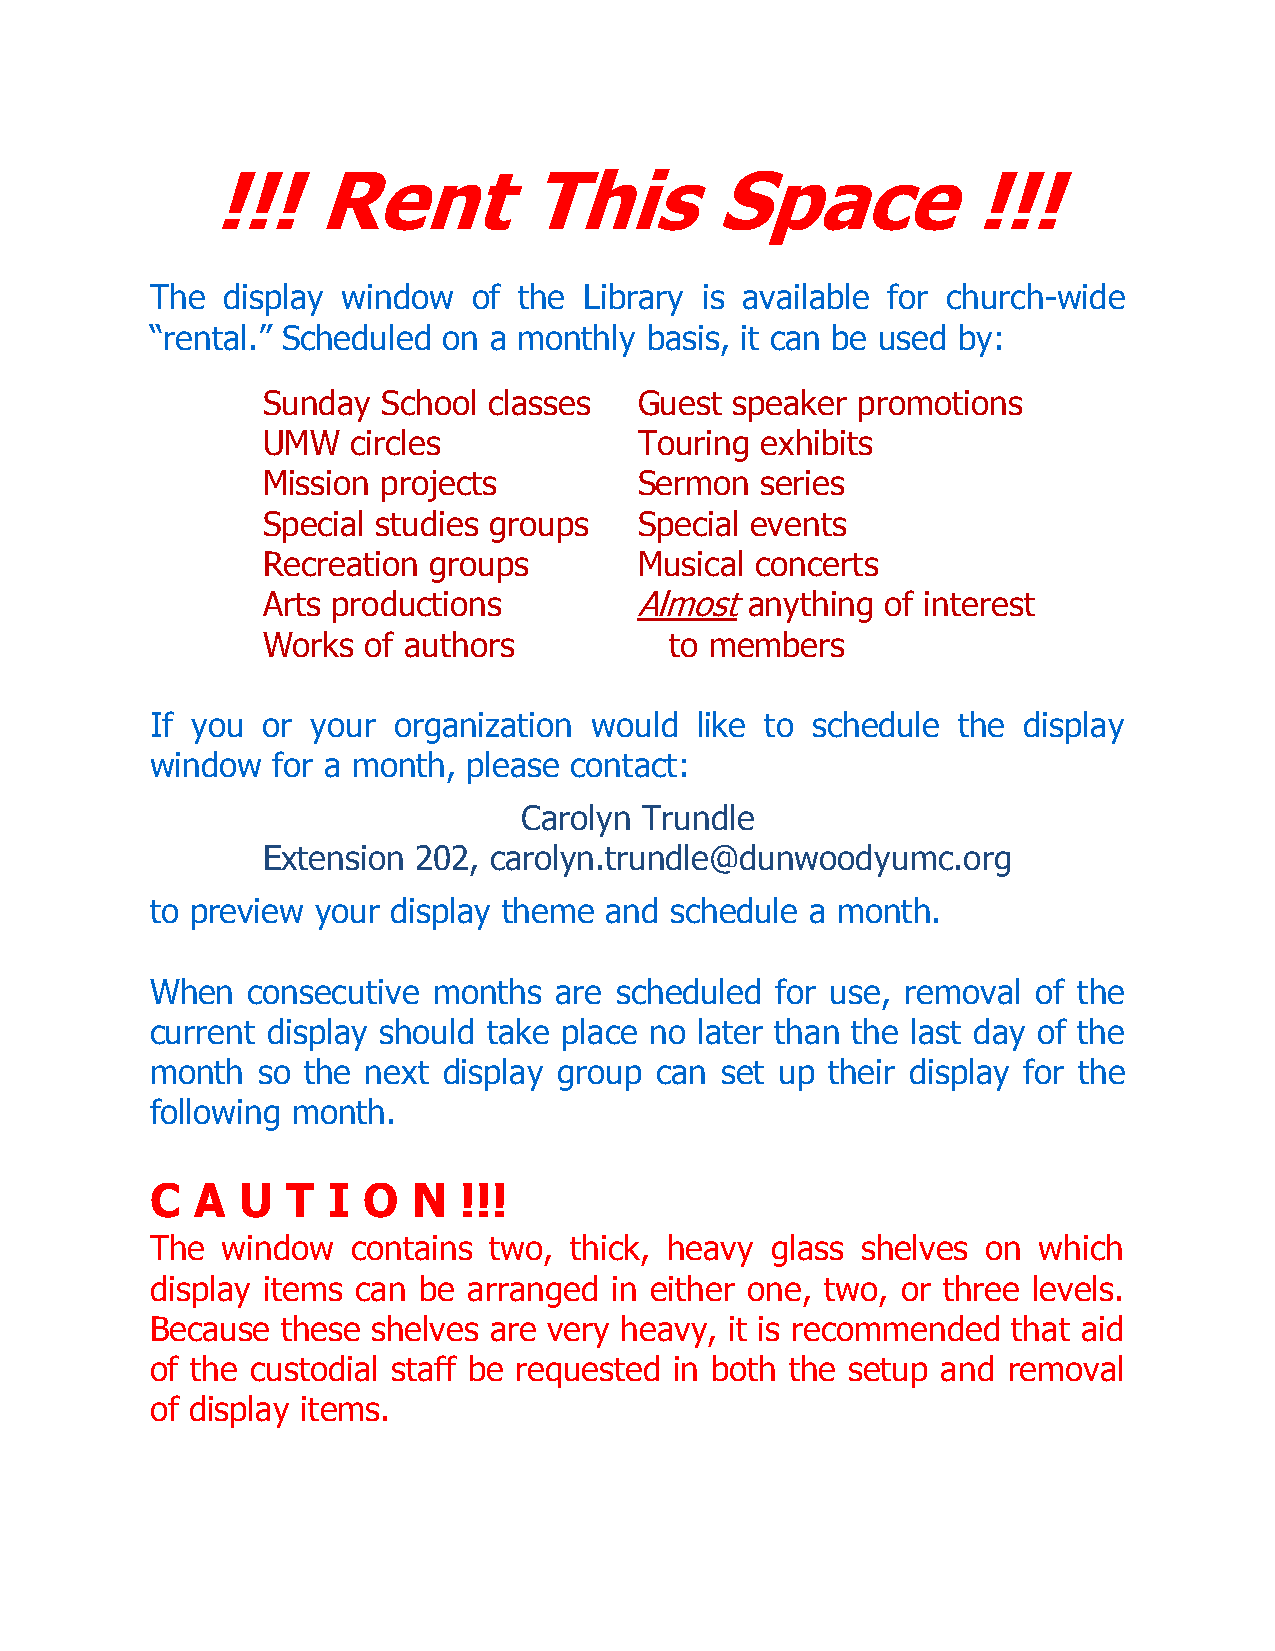
!!!    Rent          This        Space            !!!
 The  display window  of the  Library is available for church-wide
 “rental.” Scheduled on a monthly basis, it can be used by:
 Sunday  School classes   Guest speaker  promotions
 UMW   circles            Touring exhibits
 Mission projects         Sermon  series
 Special studies groups   Special events
 Recreation groups        Musical concerts
 Arts productions         Almost  anything of interest
 Works  of authors          to members
 If you or  your organization would  like to schedule the  display
 window  for a month, please contact:
 Carolyn  Trundle
 Extension 202, carolyn.trundle@dunwoodyumc.org
 to preview your display theme and schedule  a month.
 When  consecutive  months  are scheduled for use, removal  of the
 current display should take place no later than the last day of the
 month  so the next display group can  set up their display for the
 following month.
 C  A  U  T  I O  N  !!!
 The  window  contains two,  thick, heavy glass shelves on  which
 display items can be arranged  in either one, two, or three levels.
 Because  these shelves are very heavy, it is recommended that aid
 of the custodial staff be requested in both the setup and removal
 of display items.